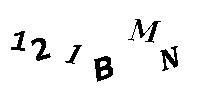
121BMN